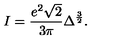
I = { \frac { e ^ { 2 } \sqrt { 2 } } { 3 \pi } } \Delta ^ { \frac { 3 } { 2 } } .